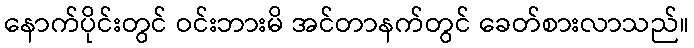
နောက်ပိုင်းတွင် ဝင်းဘားမိ အင်တာနက်တွင် ခေတ်စားလာသည်။